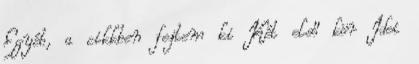
Egyéb, a cikkben fejtem ki Két első kör Idei